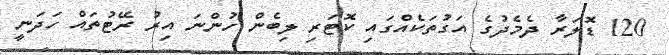
120 ޑޮލަރާ ދެމެދުގެ އަގުތަކެއްގައި ކޮޓަރި ލިބެން ހުންނަ އިރު ރޭޓުތައް ހަދަނީ